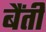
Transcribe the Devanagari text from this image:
बैंती